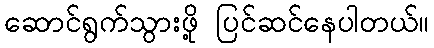
ဆောင်ရွက်သွားဖို့ ပြင်ဆင်နေပါတယ်။